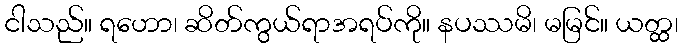
ငါသည်။ ရဟော၊ ဆိတ်ကွယ်ရာအရပ်ကို။ နပဿမိ၊ မမြင်။ ယတ္ထ၊